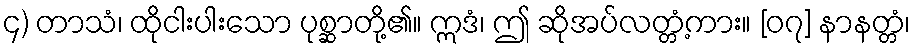
၄) တာသံ၊ ထိုငါးပါးသော ပုစ္ဆာတို့၏။ ဣဒံ၊ ဤ ဆိုအပ်လတ္တံ့ကား။ [၀၇] နာနတ္တံ၊